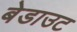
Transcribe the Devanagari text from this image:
बेडाउट